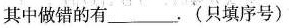
其中做错的有_______. (只填序号)